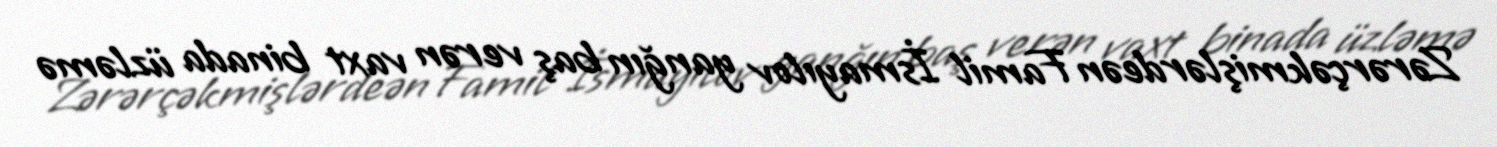
Zərərçəkmişlərdeən Famil İsmayılov yanğın baş verən vaxt binada üzləmə